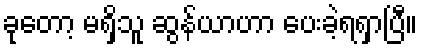
ခုတော့ မရှိသူ ဆွန်ယာဟာ ပေးခဲ့ရရှာပြီ။